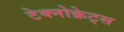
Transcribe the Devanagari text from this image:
टेक्नोक्रेट्स